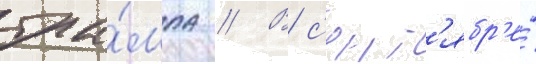
тра́мпа // В с'ент'ябр'е́